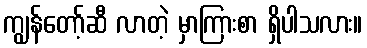
ကျွန်တော့်ဆီ လာတဲ့ မှာကြားစာ ရှိပါသလား။